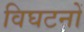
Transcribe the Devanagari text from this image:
विघटनों